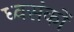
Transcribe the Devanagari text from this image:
ध्वसंकों